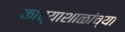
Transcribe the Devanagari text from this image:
कार्याशाळांच्या